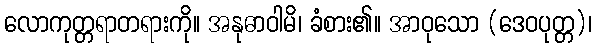
လောကုတ္တရာတရားကို။ အနုဓာဝါမိ၊ ခံစား၏။ အာဝုသော (ဒေဝပုတ္တ)၊